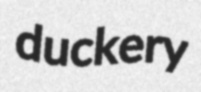
duckery